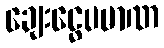
ချေးငွေပမာဏ